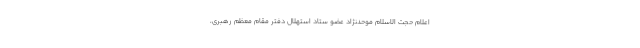
اعلام حجت الاسلام موحدنژاد عضو ستاد استهلال دفتر مقام معظم رهبری،